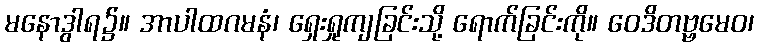
မနောဒွါရ၌။ အာပါထဂမနံ၊ ရှေးရှုကျခြင်းသို့ ရောက်ခြင်းကို။ ဝေဒိတဗ္ဗမေဝ၊